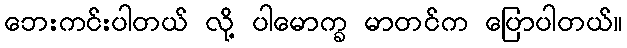
ဘေးကင်းပါတယ် လို့ ပါမောက္ခ မာတင်က ပြောပါတယ်။